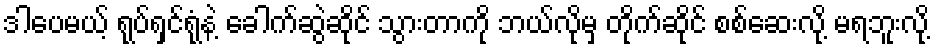
ဒါပေမယ့် ရုပ်ရှင်ရုံနဲ့ ခေါက်ဆွဲဆိုင် သွားတာကို ဘယ်လိုမှ တိုက်ဆိုင် စစ်ဆေးလို့ မရဘူးလို့